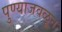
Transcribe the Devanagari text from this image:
पुण्याजवळून